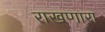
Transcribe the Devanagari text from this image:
राखणारा